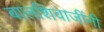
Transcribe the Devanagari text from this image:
बालशिवाजींनी